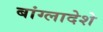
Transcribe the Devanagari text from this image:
बांग्लादेशे